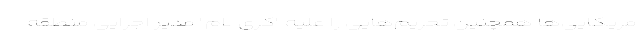
مریکایی‌ها همچنین تحریم‌هایی را علیه "کری لام" مدیر اجرایی منطقه